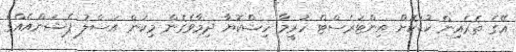
އޭގެ ތެރެއިން ކުޑަކޮށް އިންޓަރެސްޓް ހުރީމާ ހިޝްކޮޔާ ދިމާވެގެން މިކަން އަސްލު ޕެޝަންއެއްގެ